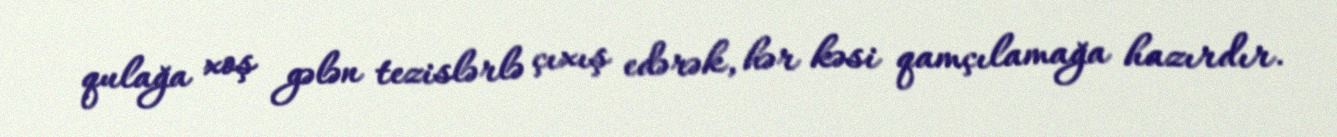
qulağa xoş gələn tezislərlə çıxış edərək, hər kəsi qamçılamağa hazırdır.